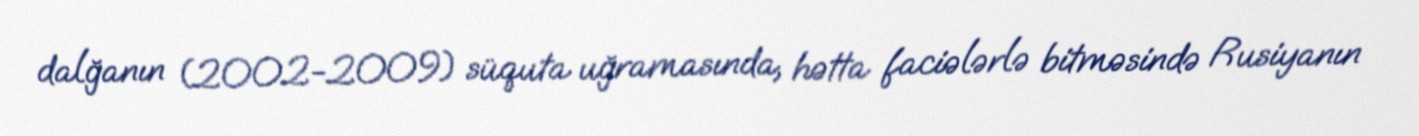
dalğanın (2002-2009) süquta uğramasında, hətta faciələrlə bitməsində Rusiyanın